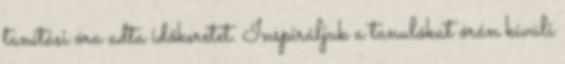
tanítási óra adta időkeretet. Inspiráljuk a tanulókat órán kívüli